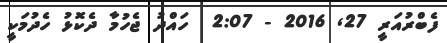
ފެބްރުއަރީ 27